Civil Veterinary Department Bihar & Orissa reports 1911-21 - 1911-1921
Year: 1911
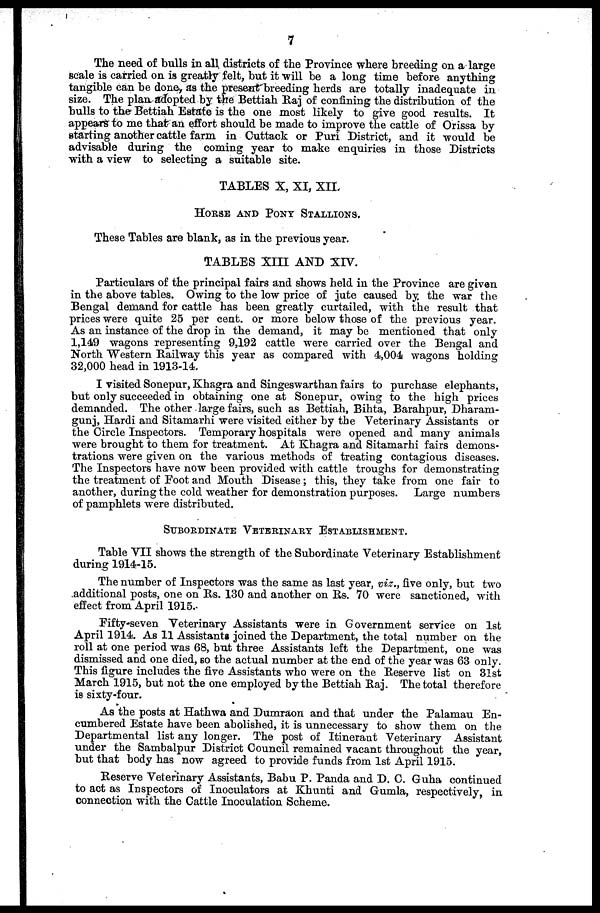
7
The need of bulls in all districts of the Province where breeding on a large
scale is carried on is greatly felt, but it will be a long time before anything
tangible can be done, as the present breeding herds are totally inadequate in
size. The plan adopted by the Bettiah Raj of confining the distribution of the
bulls to the Bettiah Estate is the one most likely to give good results. It
appears to me that an effort should be made to improve the cattle of Orissa by
starting another cattle farm in Cuttack or Puri District, and it would be
advisable during the coming year to make enquiries in those Districts
with a view to selecting a suitable site.
TABLES X, XI, XII.
HORSE AND PONY STALLIONS.
These Tables are blank, as in the previous year.
TABLES XIII AND XIV.
Particulars of the principal fairs and shows held in the Province are given
in the above tables. Owing to the low price of jute caused by. the war the
Bengal demand for cattle has been greatly curtailed, with the result that
prices were quite 25 per cent. or more below those of the previous year.
As an instance of the drop in the demand, it may be mentioned that only
1,149 wagons representing 9,192 cattle were carried over the Bengal and
North Western Railway this year as compared with 4,004 wagons holding
32,000 head in 1913-14.
I visited Sonepur, Khagra and Singeswarthan fairs to purchase elephants,
but only succeeded in obtaining one at Sonepur, owing to the high prices
demanded. The other large fairs, such as Bettiah, Bihta, Barahpur, Dharam-
gunj, Hardi and Sitamarhi were visited either by the Veterinary Assistants or
the Circle Inspectors. Temporary hospitals were opened and many animals
were brought to them for treatment. At Khagra and Sitamarhi fairs demons-
trations were given on the various methods of treating contagious diseases.
The Inspectors have now been provided with cattle troughs for demonstrating
the treatment of Foot and Mouth Disease ; this, they take from one fair to
another, during the cold weather for demonstration purposes. Large numbers
of pamphlets were distributed.
SUBORDINATE VETERINARY ESTABLISHMENT.
Table VII shows the strength of the Subordinate Veterinary Establishment
during 1914-15.
The number of Inspectors was the same as last year, viz., five only, but two
additional posts, one on Rs. 130 and another on Rs. 70 were sanctioned, with
effect from April 1915.
Fifty-seven Veterinary Assistants were in Government service on 1st
April 1914. As 11 Assistants joined the Department, the total number on the
roll at one period was 68, but three Assistants left the Department, one was
dismissed and one died, so the actual number at the end of the year was 63 only.
This figure includes the five Assistants who were on the Reserve list on 31st
March 1915, but not the one employed by the Bettiah Raj. The total therefore
is sixty-four.
As the posts at Hathwa and Dumraon and that under the Palamau En-
cumbered Estate have been abolished, it is unnecessary to show them on the
Departmental list any longer. The post of Itinerant Veterinary Assistant
under the Sambalpur District Council remained vacant throughout the year,
but that body has now agreed to provide funds from 1st April 1915.
Reserve Veterinary Assistants, Babu P. Panda and D. C. Guha continued
to act as Inspectors of Inoculators at Khunti and Gumla, respectively, in
connection with the Cattle Inoculation Scheme.